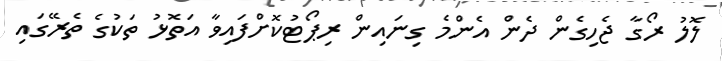
ލޮލު ރޯގާ ޖެހިގެން ދެން އެންމެ ގިނައިން ރިޕޯޓުކޮށްފައިވާ އަތޮޅު ތަކުގެ ތެރޭގައި